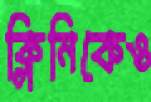
ক্লিনিকেও